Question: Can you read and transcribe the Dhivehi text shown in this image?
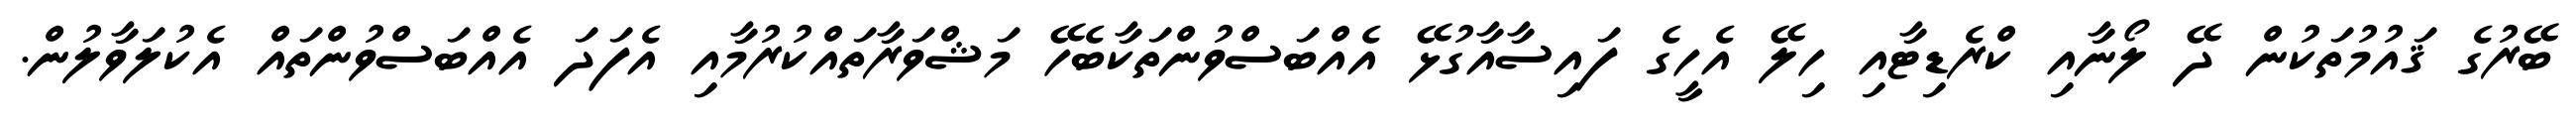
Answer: ބޭރުގެ ޤައުމުތަކުން ދޭ ލޯނާއި ކްރެޑިޓާއި ހިލޭ އެހީގެ ފައިސާއާގުޅޭ އެއްބަސްވުންތަކާބެހޭ މަޝްވަރާތައްކުރުމާއި އެފަދަ އެއްބަސްވުންތައް އެކުލަވާލުން.